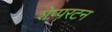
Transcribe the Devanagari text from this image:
शेप्परटन